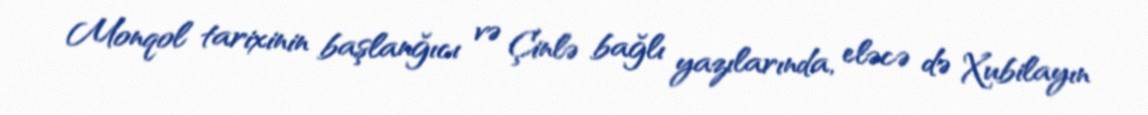
Monqol tarixinin başlanğıcı və Çinlə bağlı yazılarında, eləcə də Xubilayın